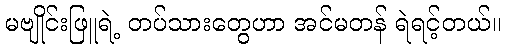
မဗျိုင်းဖြူရဲ့ တပ်သားတွေဟာ အင်မတန် ရဲရင့်တယ်။